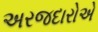
અરજદારોએ